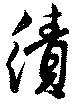
績